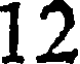
12